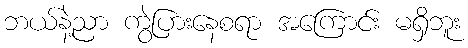
ဘယ်နဲ့ညာ ကွဲပြားနေစရာ အကြောင်း မရှိဘူး